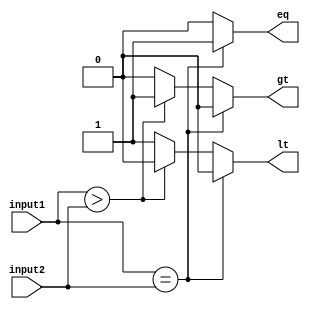
module Comparator (
    input [7:0] input1,
    input [7:0] input2,
    output reg eq,
    output reg gt,
    output reg lt
);

always @(*) begin
    if (input1 == input2) begin
        eq = 1;
        gt = 0;
        lt = 0;
    end
    else if (input1 > input2) begin
        eq = 0;
        gt = 1;
        lt = 0;
    end
    else begin
        eq = 0;
        gt = 0;
        lt = 1;
    end
end

endmodule